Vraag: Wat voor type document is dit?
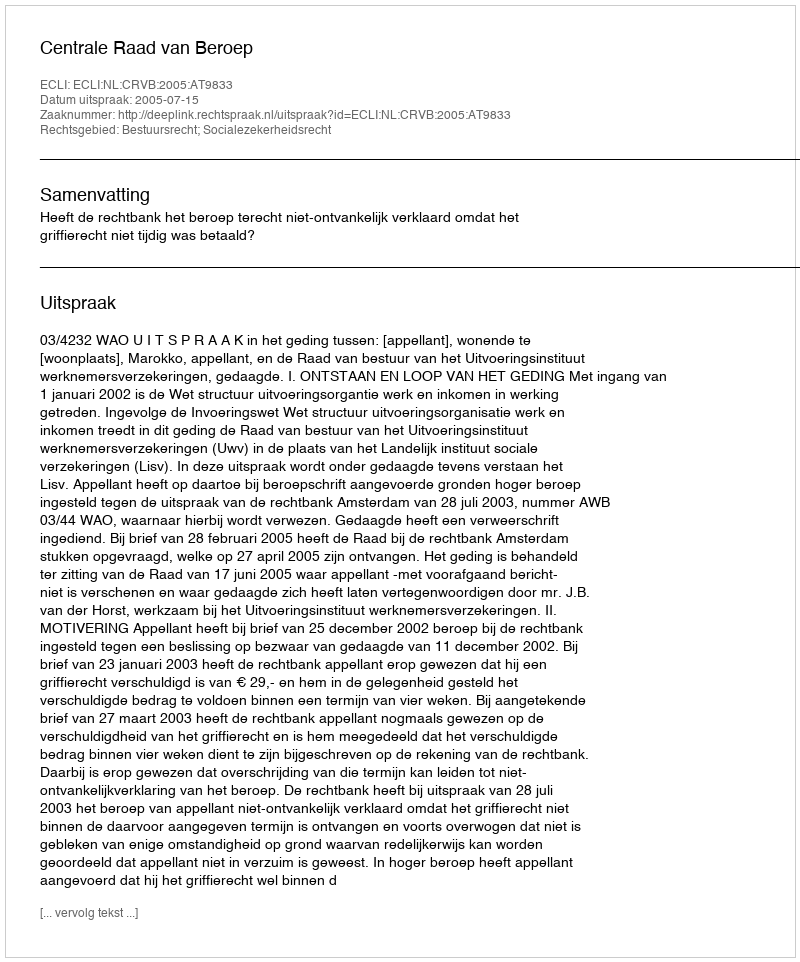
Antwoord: Uitspraak